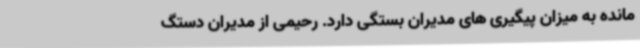
مانده به میزان پیگیری های مدیران بستگی دارد. رحیمی از مدیران دستگ